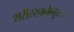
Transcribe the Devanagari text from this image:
शरीररचनेनुसार